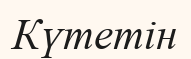
Күтетін